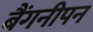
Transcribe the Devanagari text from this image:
बैंगनीपन